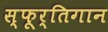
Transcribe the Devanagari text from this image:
स्फूर्तिगान